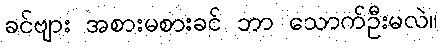
ခင်ဗျား အစားမစားခင် ဘာ သောက်ဦးမလဲ။